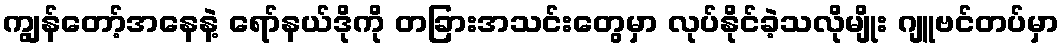
ကျွန်တော့်အနေနဲ့ ရော်နယ်ဒိုကို တခြားအသင်းတွေမှာ လုပ်နိုင်ခဲ့သလိုမျိုး ဂျူဗင်တပ်မှာ